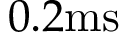
0 . 2 \mathrm { m s }